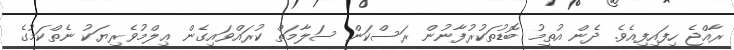
ރާއްޖެ ހިފައިފިއެވެ. ދެން އުތީމު ބޮޑުތަކުރުފާނުން ރަސްކަން ސަލާމަތް ކުރައްވައިގެން ޢިލްމުވެރިޔަކު ނެތްކަމުގެ